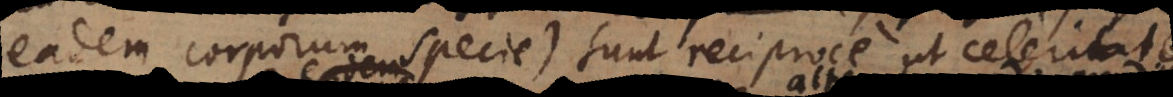
eadem corporum specie) sunt reciproce ut celerita